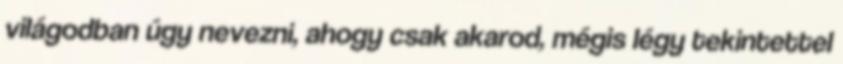
világodban úgy nevezni, ahogy csak akarod, mégis légy tekintettel